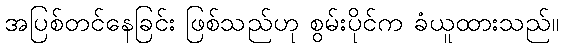
အပြစ်တင်နေခြင်း ဖြစ်သည်ဟု စွမ်းပိုင်က ခံယူထားသည်။